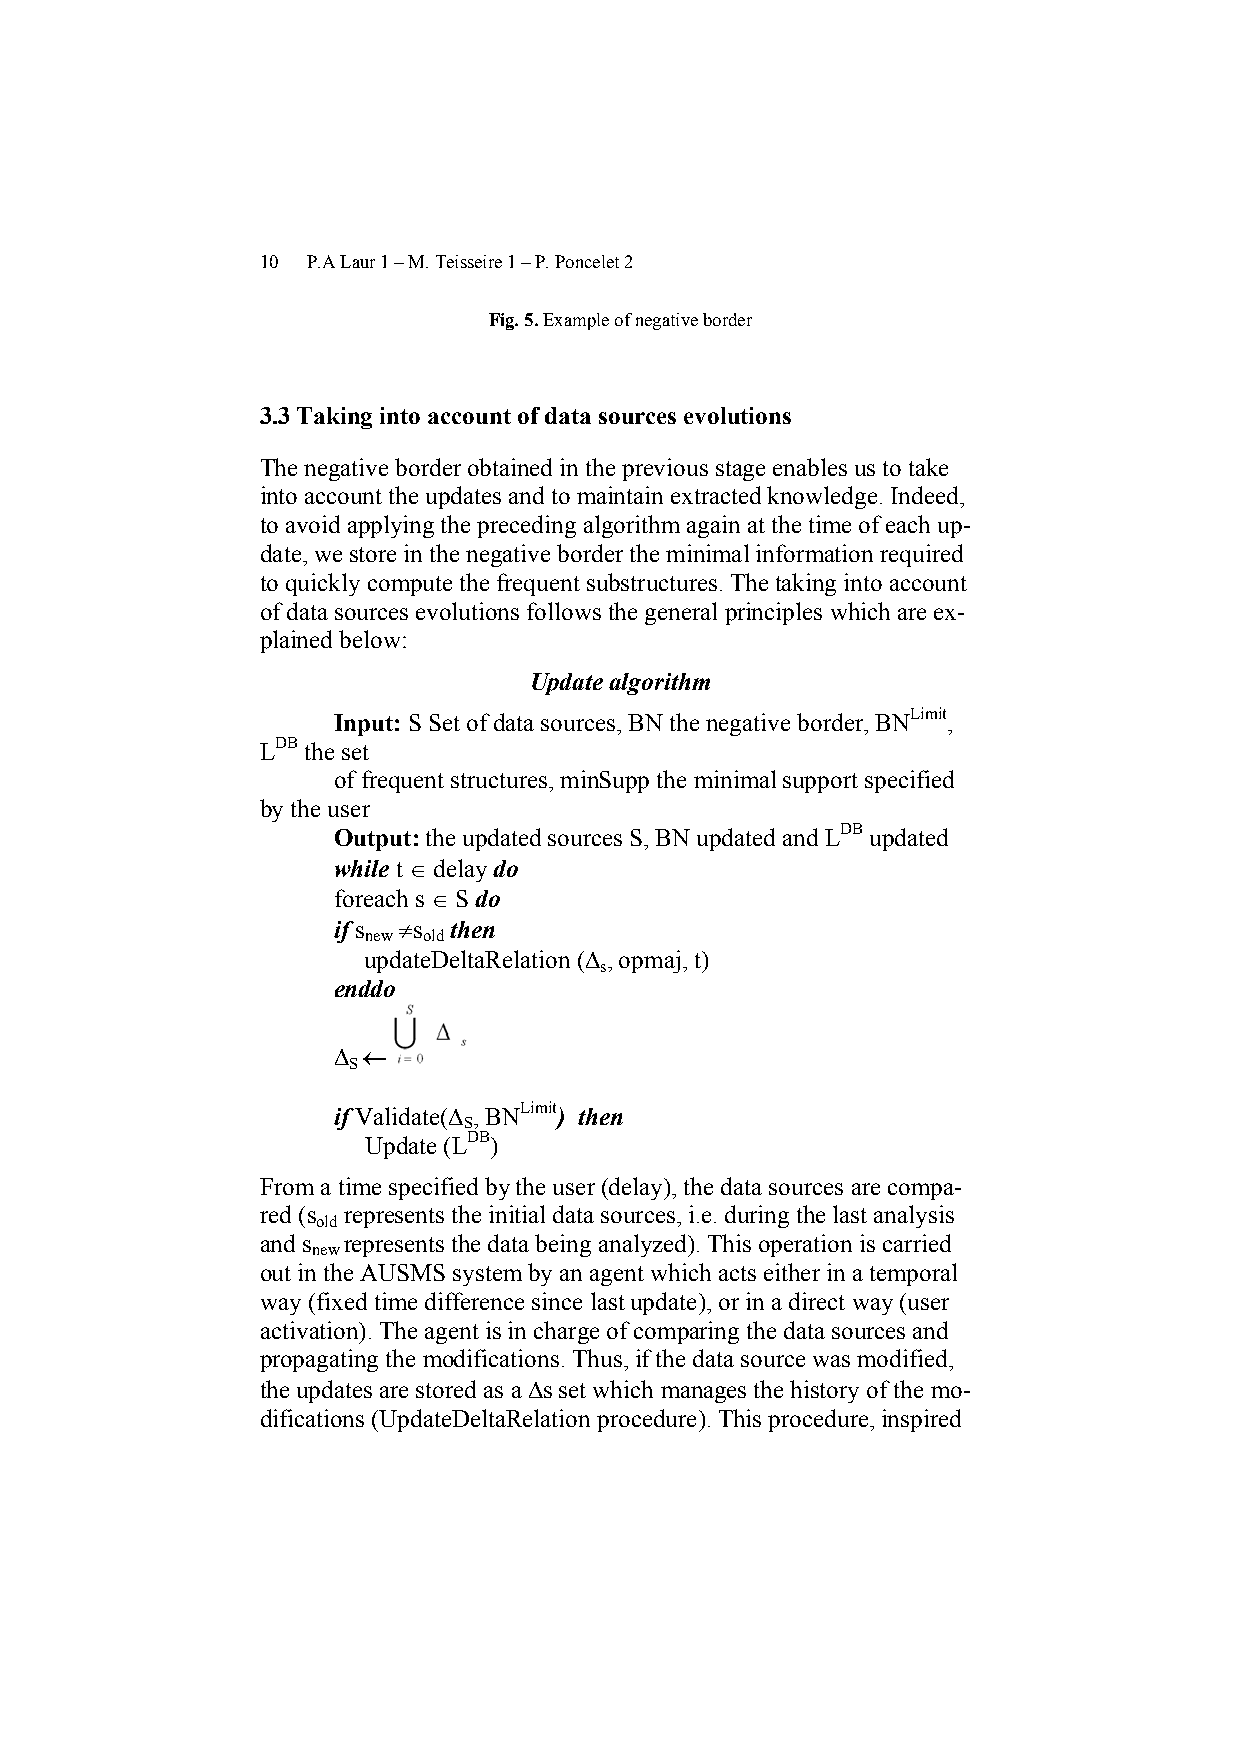
10 P.A Laur 1 – M. Teisseire 1 – P. Poncelet 2
 Fig. 5. Example of negative border
 3.3 Taking into account of data sources evolutions
 The negative border obtained in the previous stage enables us to take
 into account the updates and to maintain extracted knowledge. Indeed,
 to avoid applying the preceding algorithm again at the time of each up-
 date, we store in the negative border the minimal information required
 to quickly compute the frequent substructures. The taking into account
 of data sources evolutions follows the general principles which are ex-
 plained below:
 Update algorithm
 Input: S Set of data sources, BN the negative border, BNLimit,
 LDB the set
 of frequent structures, minSupp the minimal support specified
 by the user
 Output: the updated sources S, BN updated and LDB updated
 while t ∈ delay do
 foreach s ∈ S do
 if s ≠s then
 new old
 updateDeltaRelation (∆ , opmaj, t)
 s
 enddo
 ∆ ←
 S
 if Validate(∆ , BNLimit) then
 S
 Update (LDB)
 From a time specified by the user (delay), the data sources are compa-
 red (s represents the initial data sources, i.e. during the last analysis
 old
 and s represents the data being analyzed). This operation is carried
 new
 out in the AUSMS system by an agent which acts either in a temporal
 way (fixed time difference since last update), or in a direct way (user
 activation). The agent is in charge of comparing the data sources and
 propagating the modifications. Thus, if the data source was modified,
 the updates are stored as a ∆s set which manages the history of the mo-
 difications (UpdateDeltaRelation procedure). This procedure, inspired